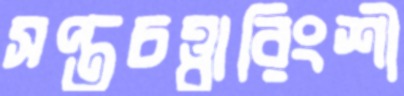
সপ্তচত্ত্বারিংশী